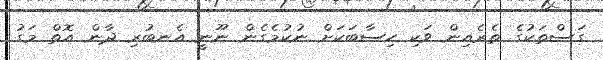
ގަސްތަކުގެ ތެރެއިން ވަކި ހިސާބަކަށް ނުކުމެގެން ނޫނީ އެނބުރި ދާން އޮތް މަގު